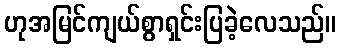
ဟုအမြင်ကျယ်စွာရှင်းပြခဲ့လေသည်။